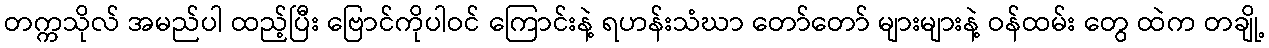
တက္ကသိုလ် အမည်ပါ ထည့်ပြီး ဗြောင်ကိုပါဝင် ကြောင်းနဲ့ ရဟန်းသံဃာ တော်တော် များများနဲ့ ဝန်ထမ်း တွေ ထဲက တချို့